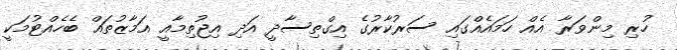
ހުރި މިންވަރާ އެއް ހަމައެއްގައި ސަރުކާރުގެ އިގްތިސާދީ އަދި އިޖުތިމާއީ އަމާޒުތައް ބެހެއްޓުމަކީ